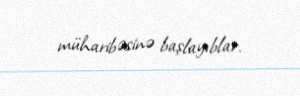
müharibəsinə başlayıblar.